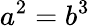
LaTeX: a^{2}=b^{3}